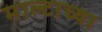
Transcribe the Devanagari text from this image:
माल्टाच्या